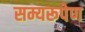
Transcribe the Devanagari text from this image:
सम्यरूपेण